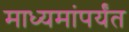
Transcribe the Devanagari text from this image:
माध्यमांपर्यंत